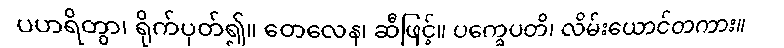
ပဟရိတွာ၊ ရိုက်ပုတ်၍။ တေလေန၊ ဆီဖြင့်။ ပက္ခေပတိ၊ လိမ်းယောင်တကား။